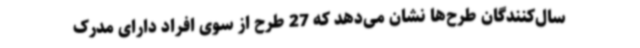
سال‌کنندگان طرح‌ها نشان می‌دهد که 27 طرح از سوی افراد دارای مدرک